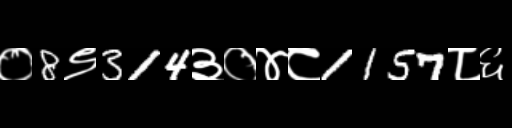
Text: ०8९314३०४८1157८६